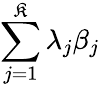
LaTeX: \sum_{j=1}^{\mathfrak{K}}\lambda_{j}\beta_{j}